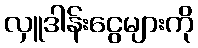
လှူဒါန်းငွေများကို